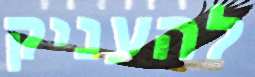
להעניק